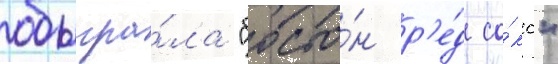
обыгра́ла "босто́н р'е́д со́кс"